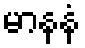
မာနနံ